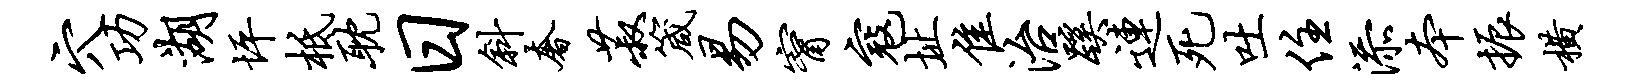
穴功湖坪柢耽日斜奢菽箴易甯寇址隹治蹊连死吐住添本振横